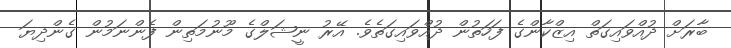
ބާރަށް ދުއްވައިގަތް އިޒްކާންގެ ފަހަތުން ދުއްވައިގަތެވެ. އޭރު ނީޝަލްގެ މޫނުމަތިން ފެންނަމުން ގެންދިޔަ